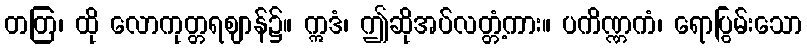
တတြ၊ ထို လောကုတ္တရဈာန်၌။ ဣဒံ၊ ဤဆိုအပ်လတ္တံ့ကား။ ပကိဏ္ဏကံ၊ ရောပြွမ်းသော